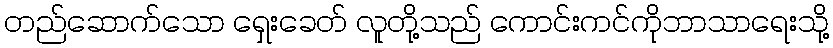
တည်ဆောက်သော ရှေးခေတ် လူတို့သည် ကောင်းကင်ကိုဘာသာရေးသို့